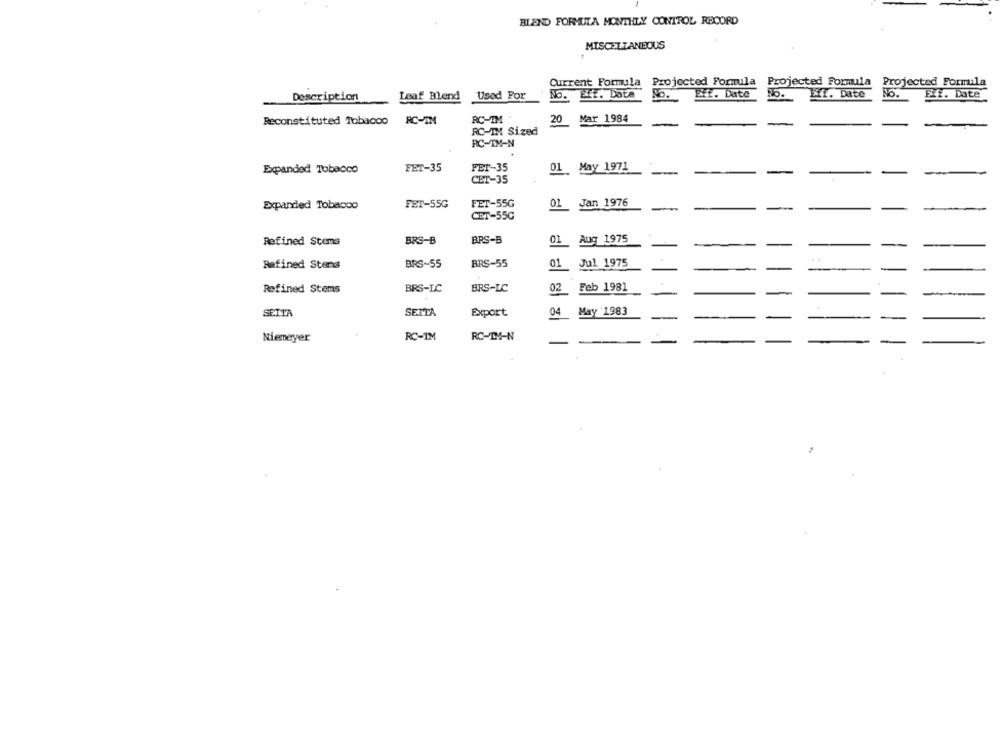
BLEND FORMULA MONTHLY CONTROL RECORD
MISCELTANEOUS
Current Formula Projected Formula Projected Formula Projected Formula
Description
Leaf Blend
Used For
No. Eff. Date
NO.
Eff. Date
No.
Eff. Date
No.
ELf. Date
Reconstituted Tobacco
RC-TM
RC-IM'
20 Mar 1984
RC-IM Sized
RC-IM-N
Expanded Tobacco
FET-35
PET-35
01 May 1971
-
CET-35
Exparried Tobacco
FET-55G
FET-55G
01 Jan 1976
CET-55G
Refined Stems
BRS-B
BRS-B
Aug 1975
01
01
Refined Stems
BRS-55
BRS-55
Jul 1975
Refined Stems
BRS-LC
BRS-LC
02
Feb 1981
SETTA
SETTA
Export
04
May 1983
Niemeyer
RC-IM
RO-IM-N